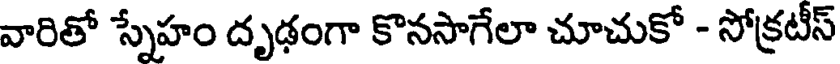
వారితో స్నేహం దృఢంగా కొనసాగేలా చూచుకో - సోక్రటీస్